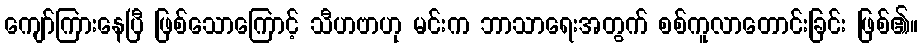
ကျော်ကြားနေပြီ ဖြစ်သောကြောင့် သီဟဗာဟု မင်းက ဘာသာရေးအတွက် စစ်ကူလာတောင်းခြင်း ဖြစ်၏။